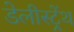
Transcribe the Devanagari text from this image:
डेलीस्ट्रेंथ